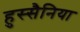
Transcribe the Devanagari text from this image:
हुस्सैनिया